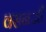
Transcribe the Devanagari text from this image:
वसनजी